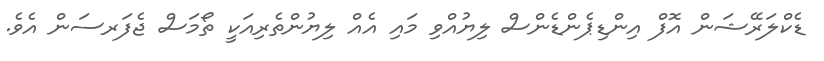
ޑެކްލަރޭޝަން އޮފް އިންޑިޕެންޑެންސް ލިޔުއްވި މައި އެއް ލިޔުންތެރިއަކީ ތޯމަސް ޖެފަރސަން އެވެ.